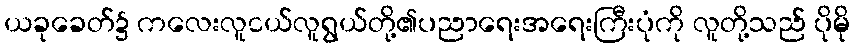
ယခုခေတ်၌ ကလေးလူငယ်လူရွယ်တို့၏ပညာရေးအရေးကြီးပုံကို လူတို့သည် ပိုမို